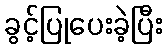
ခွင့်ပြုပေးခဲ့ပြီး